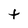
Character: t